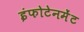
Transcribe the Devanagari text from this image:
इंफोटेनमेंट